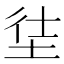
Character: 𡋩